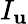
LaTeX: I_{\mathbf{u}}